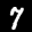
Label: 7